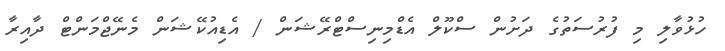
ހުޅުވާލި މި ފުރުސަތުގެ ދަށުން ސްކޫލް އެޑްމިނިސްޓްރޭޝަން / އެޑިއުކޭޝަން މެނޭޖްމަންޓް ދާއިރާ